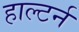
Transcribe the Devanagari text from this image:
हाल्टर्न